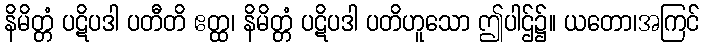
နိမိတ္တံ ပဋိပဒါ ပတီတိ ဧတ္ထ၊ နိမိတ္တံ ပဋိပဒါ ပတိဟူသော ဤပါဌ်၌။ ယတော၊အကြင်